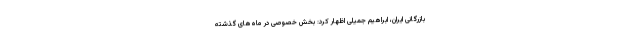
بازرگانی ایران، ابراهیم جمیلی اظهار کرد: بخش خصوصی در ماه‌های گذشته